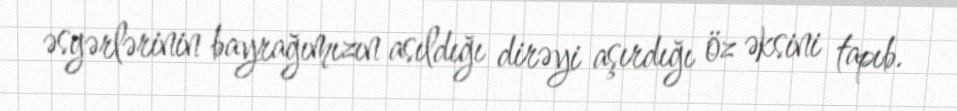
əsgərlərinin bayrağımızın asıldığı dirəyi aşırdığı öz əksini tapıb.